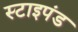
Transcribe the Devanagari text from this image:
स्टाइपंड